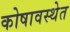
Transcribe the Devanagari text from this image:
कोषावस्थेत